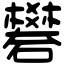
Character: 礬